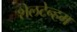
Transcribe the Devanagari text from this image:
शेलटेन्हम